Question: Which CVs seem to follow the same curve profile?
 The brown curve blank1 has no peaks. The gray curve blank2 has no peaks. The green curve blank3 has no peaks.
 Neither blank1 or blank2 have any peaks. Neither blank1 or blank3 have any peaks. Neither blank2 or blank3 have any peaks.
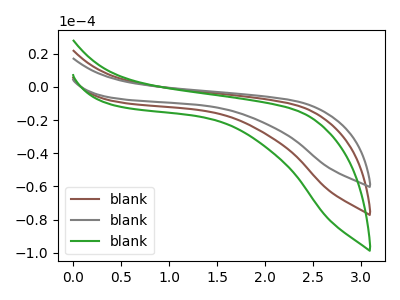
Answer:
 <answer>"blank3", "blank1" and "blank2" have the same shape and are likely CV's of the same chemical.</answer>
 <eval>"blank3" "blank1" "blank2"</eval>